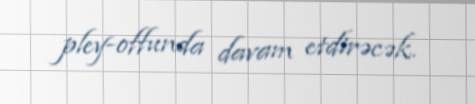
pley-offunda davam etdirəcək.